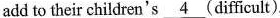
add to their children's \underline{4} (difficult).